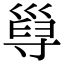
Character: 𡬸